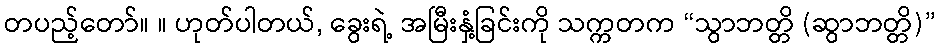
တပည့်တော်။ ။ ဟုတ်ပါတယ်, ခွေးရဲ့ အမြီးနှံ့ခြင်းကို သက္ကတက “သွာဘတ္တိ (ဆွာဘတ္တိ)”